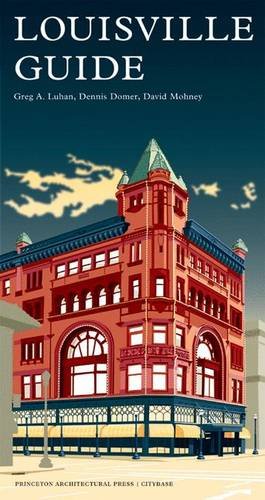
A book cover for The Louisville Guide; David Mohoney; Travel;